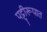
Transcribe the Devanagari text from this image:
पट्टीरूपात